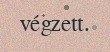
végzett.